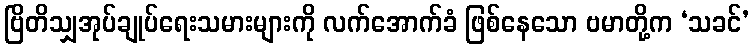
ဗြိတိသျှအုပ်ချုပ်ရေးသမားများကို လက်အောက်ခံ ဖြစ်နေသော ဗမာတို့က ‘သခင်’